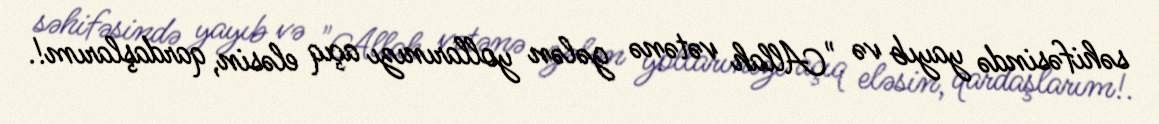
səhifəsində yayıb və "Allah vətənə gələn yollarınızı açıq eləsin, qardaşlarım!.